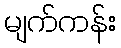
မျက်ကန်း